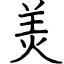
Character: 羙